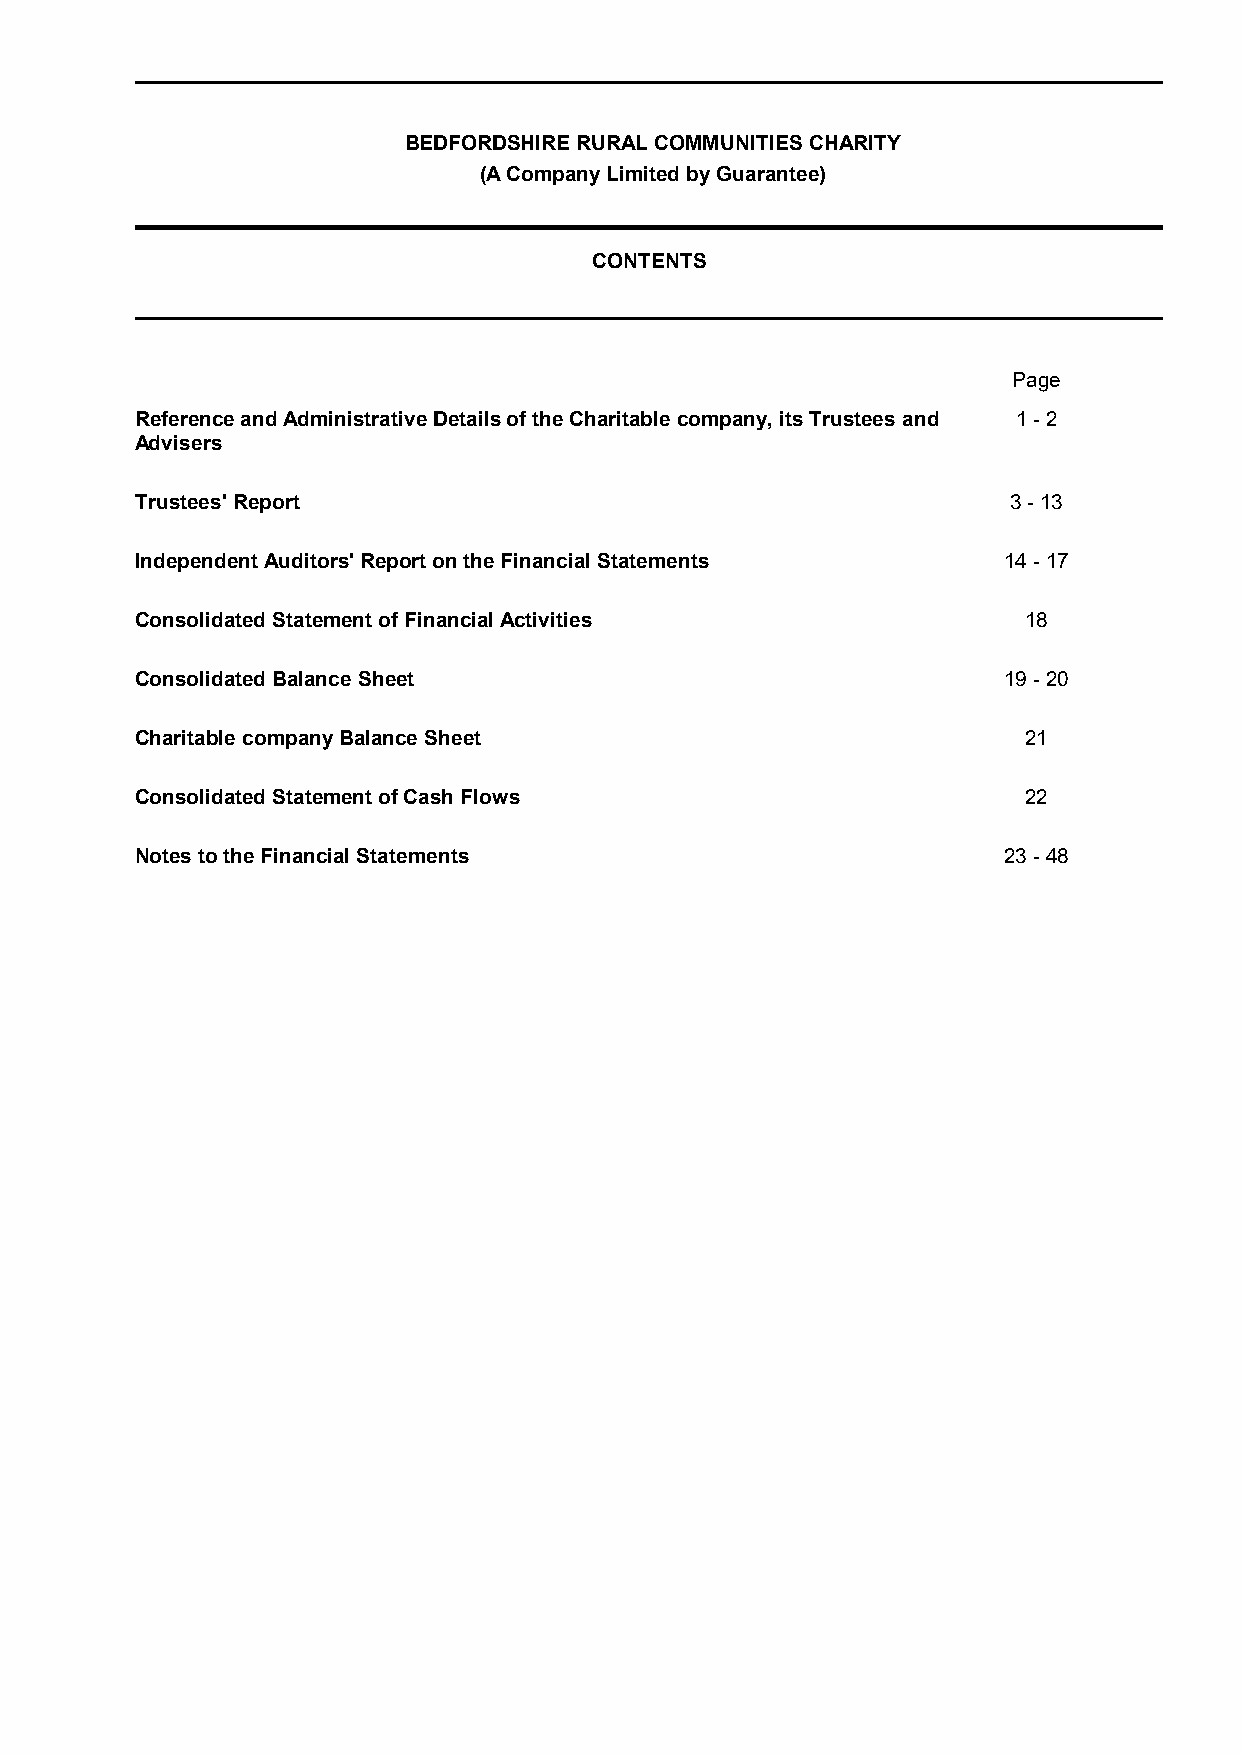
BEDFORDSHIRE RURAL COMMUNITIES CHARITY
 (A Company Limited by Guarantee)
 CONTENTS
 Page
 Reference and Administrative Details of the Charitable company, its Trustees and 1 - 2
 Advisers
 Trustees' Report                                          3 - 13
 Independent Auditors' Report on the Financial Statements 14 - 17
 Consolidated Statement of Financial Activities             18
 Consolidated Balance Sheet                               19 - 20
 Charitable company Balance Sheet                           21
 Consolidated Statement of Cash Flows                       22
 Notes to the Financial Statements                        23 - 48